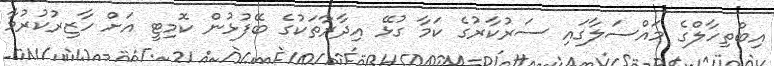
އިބްތިހާލްގެ މައްސަލާގައި ސަރުކާރުގެ ކަމާ ގުޅޭ އިދާރާތަކުގެ ބޭފުޅުން ކޮމިޓީ އަށް ހާޒިރުކުރުމާ